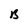
Character: B